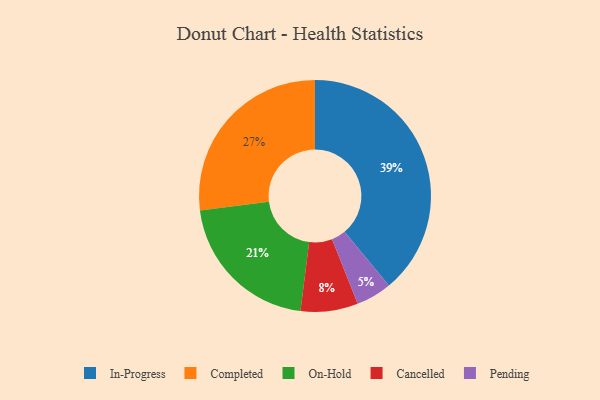
{"axis": {"x": "Category", "y": "Percentage"}, "legend": ["Cancelled", "Completed", "In-Progress", "On-Hold", "Pending"], "data": [{"x": "On-Hold", "y": 21, "type": "On-Hold"}, {"x": "In-Progress", "y": 39, "type": "In-Progress"}, {"x": "Pending", "y": 5, "type": "Pending"}, {"x": "Cancelled", "y": 8, "type": "Cancelled"}, {"x": "Completed", "y": 27, "type": "Completed"}]}